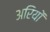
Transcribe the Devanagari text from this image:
अरियों